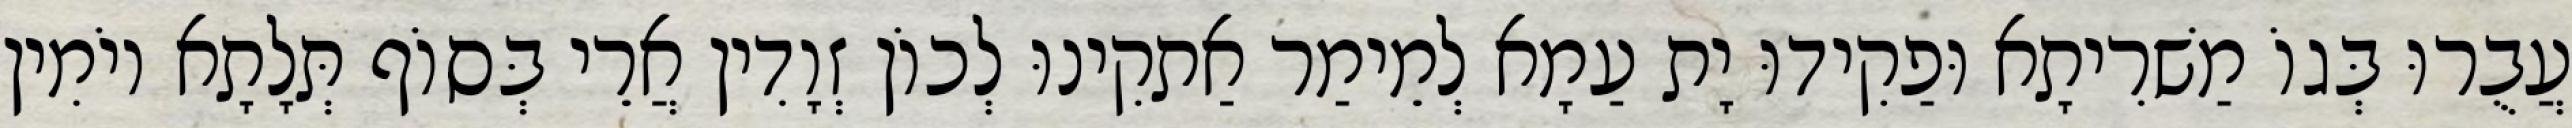
עֲבֻרוּ בְּגוֹ מַשׁרִיתָא וּפַקִידוּ יָת עַמָא לְמֵימַר אַתקִינוּ לְכוֹן זְוָדִין אֲרֵי בְּסוֹף תְּלָתָא יוֹמִין